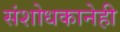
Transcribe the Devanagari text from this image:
संशोधकानेही